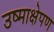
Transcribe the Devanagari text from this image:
उष्माक्षेपण